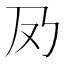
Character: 夃